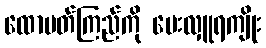
ထောပတ်ကြည်ကို ပေးလှူရကျိုး